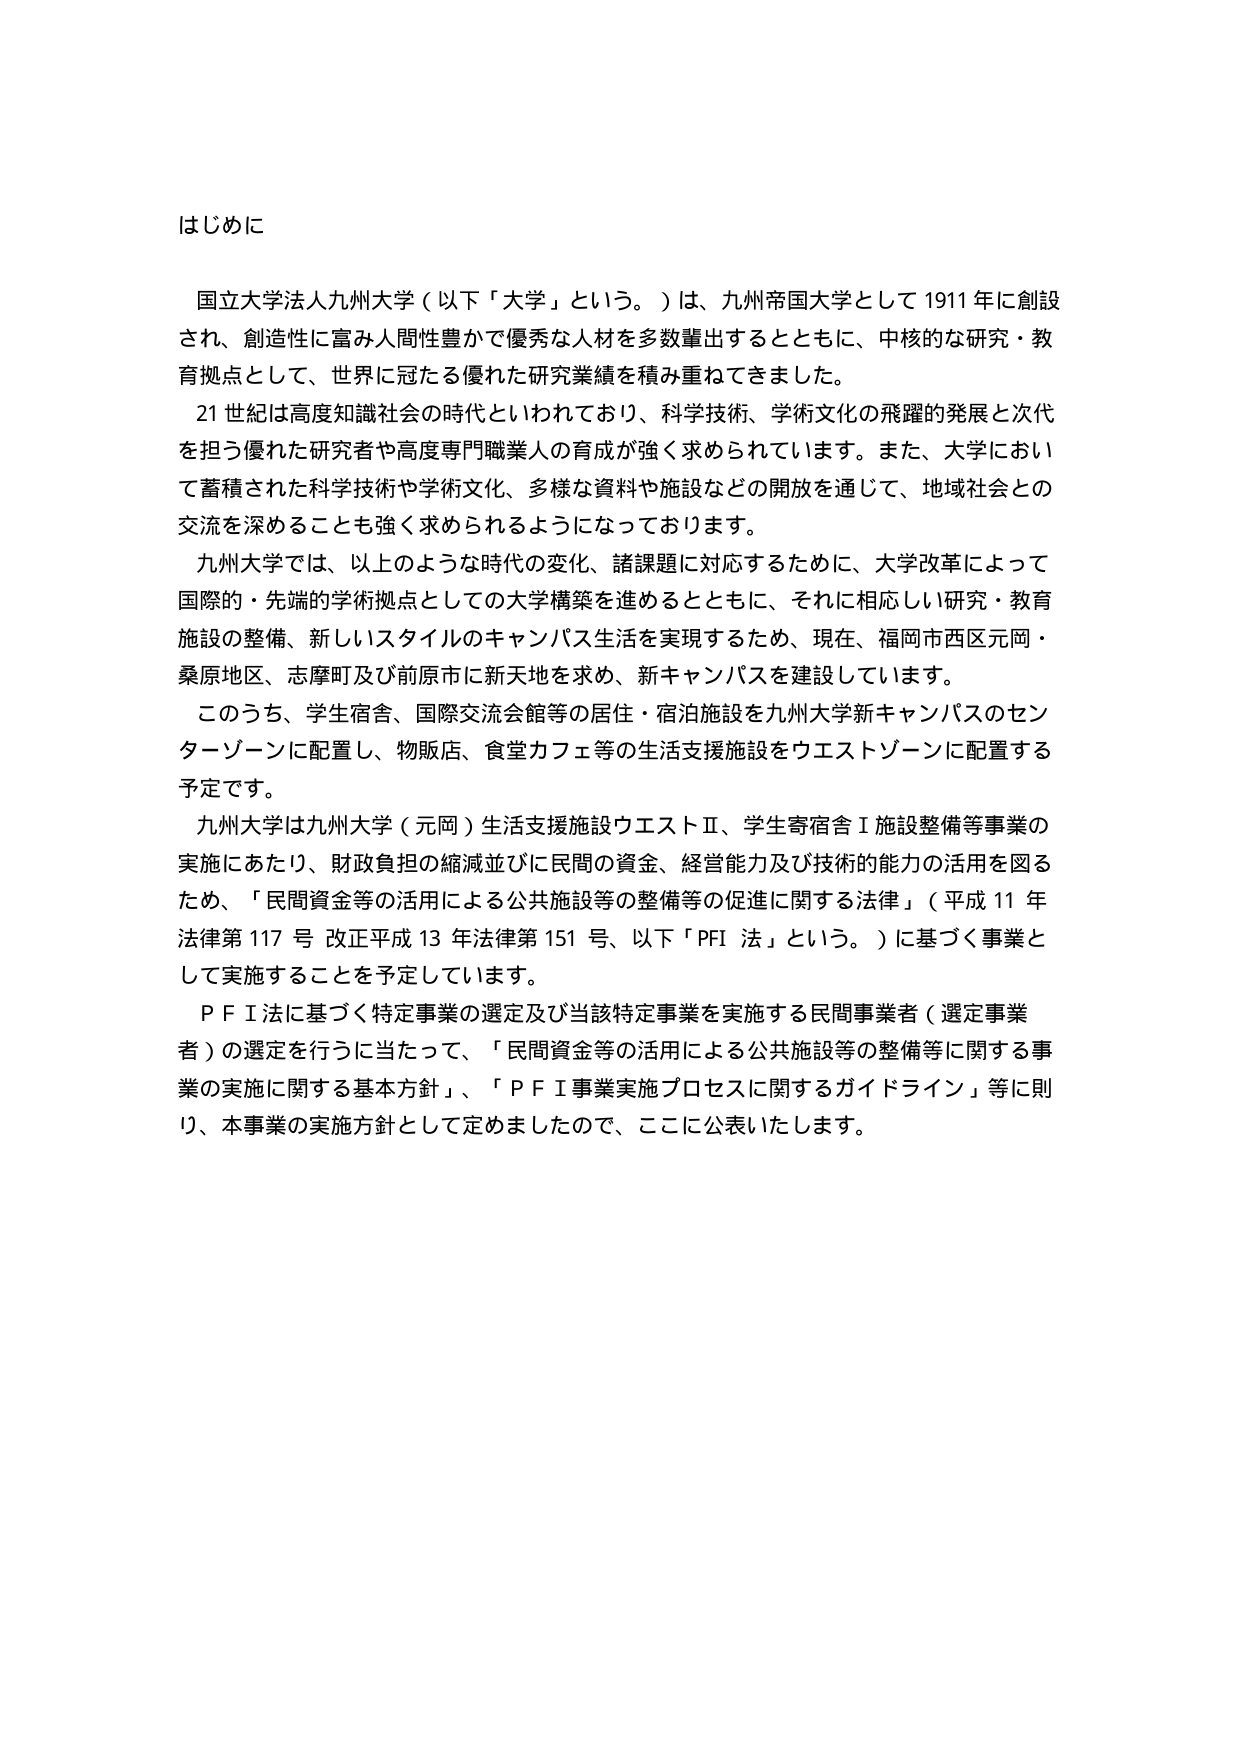
はじめに

国立大学法人九州大学（以下「大学」という。）は、九州帝国大学として1911年に創設され、創造性に富み人間性豊かで優秀な人材を多数輩出するとともに、中核的な研究・教育拠点として、世界に冠たる優れた研究業績を積み重ねてきました。

21世紀は高度知識社会の時代といわれており、科学技術、学術文化の飛躍的発展と次代を担う優れた研究者や高度専門職業人の育成が強く求められています。また、大学において蓄積された科学技術や学術文化、多様な資料や施設などの開放を通じて、地域社会との交流を深めることも強く求められるようになっております。

九州大学では、以上のような時代の変化、諸課題に対応するために、大学改革によって国際的・先端的学術拠点としての大学構築を進めるとともに、それに相応しい研究・教育施設の整備、新しいスタイルのキャンパス生活を実現するため、現在、福岡市西区元岡・桑原地区、志摩町及び前原市に新天地を求め、新キャンパスを建設しています。

このうち、学生宿舎、国際交流会館等の居住・宿泊施設を九州大学新キャンパスのセンターゾーンに配置し、物販店、食堂カフェ等の生活支援施設をウエストゾーンに配置する予定です。

九州大学は九州大学（元岡）生活支援施設ウエストⅡ、学生寄宿舎Ⅰ施設整備等事業の実施にあたり、財政負担の縮減並びに民間の資金、経営能力及び技術的能力の活用を図るため、「民間資金等の活用による公共施設等の整備等の促進に関する法律」（平成11年法律第117号 改正平成13年法律第151号、以下「PFI法」という。）に基づく事業として実施することを予定しています。

PFI法に基づく特定事業の選定及び当該特定事業を実施する民間事業者（選定事業者）の選定を行うに当たって、「民間資金等の活用による公共施設等の整備等に関する事業の実施に関する基本方針」、「PFI事業実施プロセスに関するガイドライン」等に則り、本事業の実施方針として定めましたので、ここに公表いたします。